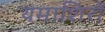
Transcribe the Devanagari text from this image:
यमाशिरों